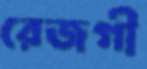
রেজগী